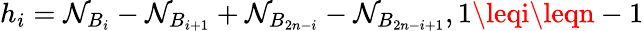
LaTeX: h_{i}=\mathcal{N}_{B_{i}}-\mathcal{N}_{B_{i+1}}+\mathcal{N}_{B_{2n-i}}-\mathcal{N}_{B_{2n-i+1}},1\leqi\leqn-1